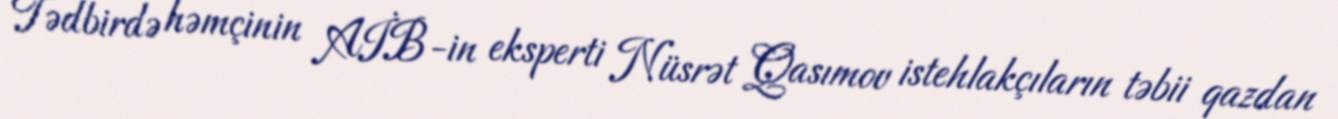
Tədbirdə həmçinin AİB-in eksperti Nüsrət Qasımov istehlakçıların təbii qazdan